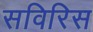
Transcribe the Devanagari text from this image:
सविरिस